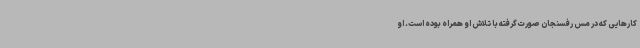
کارهایی که در مس رفسنجان صورت گرفته با تلاش او همراه بوده است. او